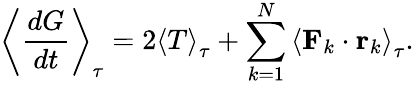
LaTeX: \left\langle{\frac{dG}{dt}}\right\rangle_{\tau}=2\left\langle T\right\rangle_{\tau}+\sum_{k=1}^{N}\left\langle\mathbf{F}_{k}\cdot\mathbf{r}_{k}\right\rangle_{\tau}.